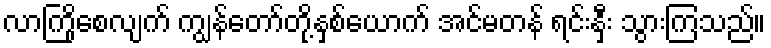
လာကြိုစေလျက် ကျွန်တော်တို့နှစ်ယောက် အင်မတန် ရင်းနှီး သွားကြသည်။